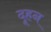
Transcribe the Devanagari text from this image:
दूहन